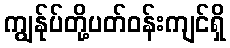
ကျွန်ုပ်တို့ပတ်ဝန်းကျင်ရှိ